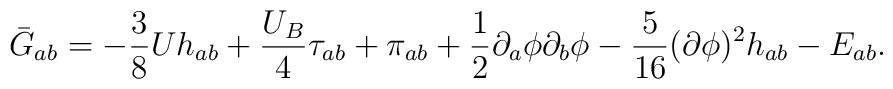
\bar G_{ab}= -\frac{3}{8}Uh_{ab}+\frac{U_B}{4}\tau_{ab}+\pi_{ab}+\frac{1}{2}\partial_a \phi \partial_b\phi -\frac{5}{16}(\partial\phi)^2 h_{ab}-E_{ab}.